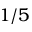
1 / 5